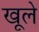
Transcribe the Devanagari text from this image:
खूले